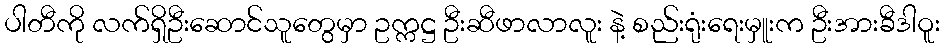
ပါတီကို လက်ရှိဦးဆောင်သူတွေမှာ ဥက္ကဋ္ဌ ဦးဆီဖာလာလူး နဲ့ စည်းရုံးရေးမှူးက ဦးအားခီဒါဝူး